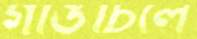
গাঙচিলে